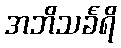
အဘိသင်္ခရိ